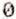
0